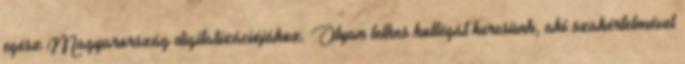
egész Magyarország digitalizációjához. Olyan lelkes kollégát keresünk, aki szakértelmével